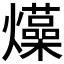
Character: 𤒶